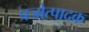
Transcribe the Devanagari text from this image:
प्रजोत्पादक